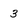
Character: 3